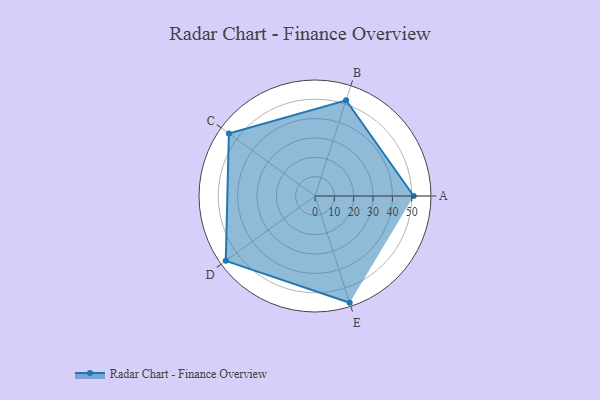
{"axis": {"x": "Skill", "y": "Score"}, "legend": ["Profile"], "data": [{"x": "A", "y": 51.0, "type": "Profile"}, {"x": "B", "y": 52.0, "type": "Profile"}, {"x": "C", "y": 55.0, "type": "Profile"}, {"x": "D", "y": 57.0, "type": "Profile"}, {"x": "E", "y": 58.0, "type": "Profile"}]}